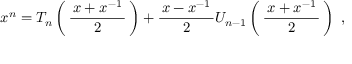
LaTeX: x ^ { n } = T _ { n } \left( \, { \frac { \, x + x ^ { - 1 } \, } { 2 } } \, \right) + { \frac { \, x - x ^ { - 1 } \, } { 2 } } U _ { n - 1 } \left( \, { \frac { \, x + x ^ { - 1 } \, } { 2 } } \, \right) ~ ,